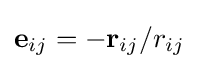
\mathbf {e} _{ij}=-\mathbf {r} _{ij}/r_{ij}